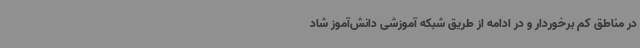
در مناطق کم برخوردار و در ادامه از طریق شبکه آموزشی دانش‌آموز شاد